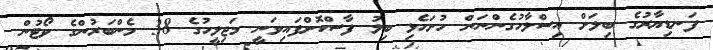
ފަނޑިޔާރުގެ ބިލަށް އިސްލާހުގެންނަން ހުށަހެޅި ބިލު ފާސްކޮށްފައިވަނީ މަޖިލީހުގެ 38 މެންބަރުންގެ ވޯޓުން